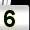
Digit: 5